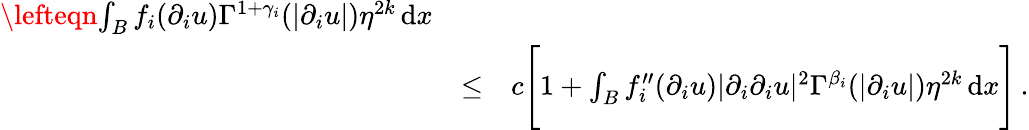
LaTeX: \begin{array}{rlr}{\lefteqn{\int_{B}f_{i}(\partial_{i}u)\Gamma^{1+\gamma_{i}}(|\partial_{i}u|)\eta^{2k}\, \mathrm{d}x}}\\ &{\leq}&{c\Bigg[1+\int_{B}f_{i}^{\prime\prime}(\partial_{i}u)|\partial_{i}\partial_{i}u|^{2}\Gamma^{\beta_{i}}(|\partial_{i}u|)\eta^{2k}\, \mathrm{d}x\Bigg]\, .}\end{array}